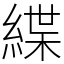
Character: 緤